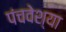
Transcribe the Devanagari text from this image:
पंचवेश्या